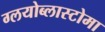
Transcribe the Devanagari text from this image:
ग्लयोब्लास्टोमा